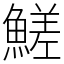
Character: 䱹